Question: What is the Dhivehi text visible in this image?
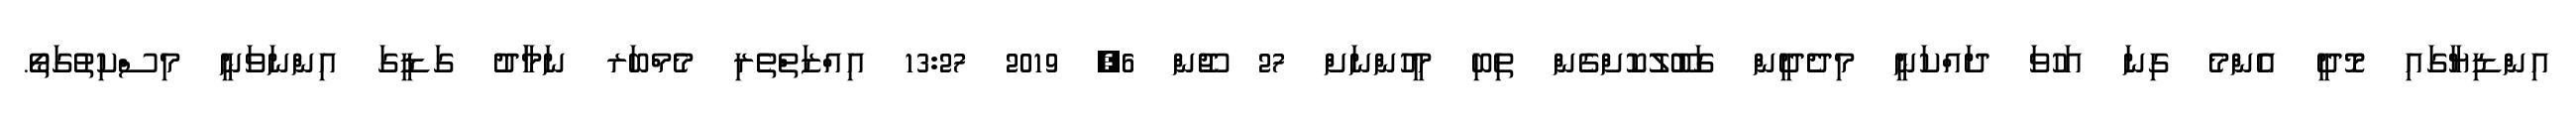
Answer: އިންޑިޔާގައި މޮދީ އެންމެ ގިނަ އަހުވަ ދައްކަނީ މިދެދީން ގަބޫލުކޮށްގެން ތިބި މީހުންނަށް 27 ޖޫން 6, 2019 13:27 އިއްޒަތްތެރި މެމްބަރ ނަމަާދު ގަޑީގަ އިންނަވަނީ މިސްކިތުގަތޯ.